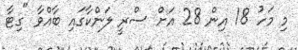
މި މަހު 18 އިން 28 އަށް ސްރީ ލަންކާގައި ބާއްވާ "ގިޓާ